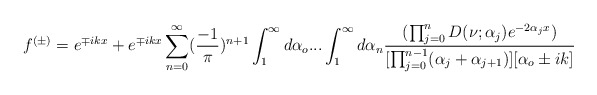
\begin{align*}f^{(\pm)}=e^{\mp ikx}+e^{\mp ikx}\sum_{n=0}^{\infty}(\frac{-1}{\pi})^{n+1}\int_{1}^{\infty}d\alpha_o...\int_{1}^{\infty}d\alpha_n\frac{(\prod_{j=0}^{n}D(\nu;\alpha_j)e^{-2\alpha_jx})}{[\prod_{j=0}^{n-1}(\alpha_j+\alpha_{j+1})][\alpha_o\pm ik]}\end{align*}